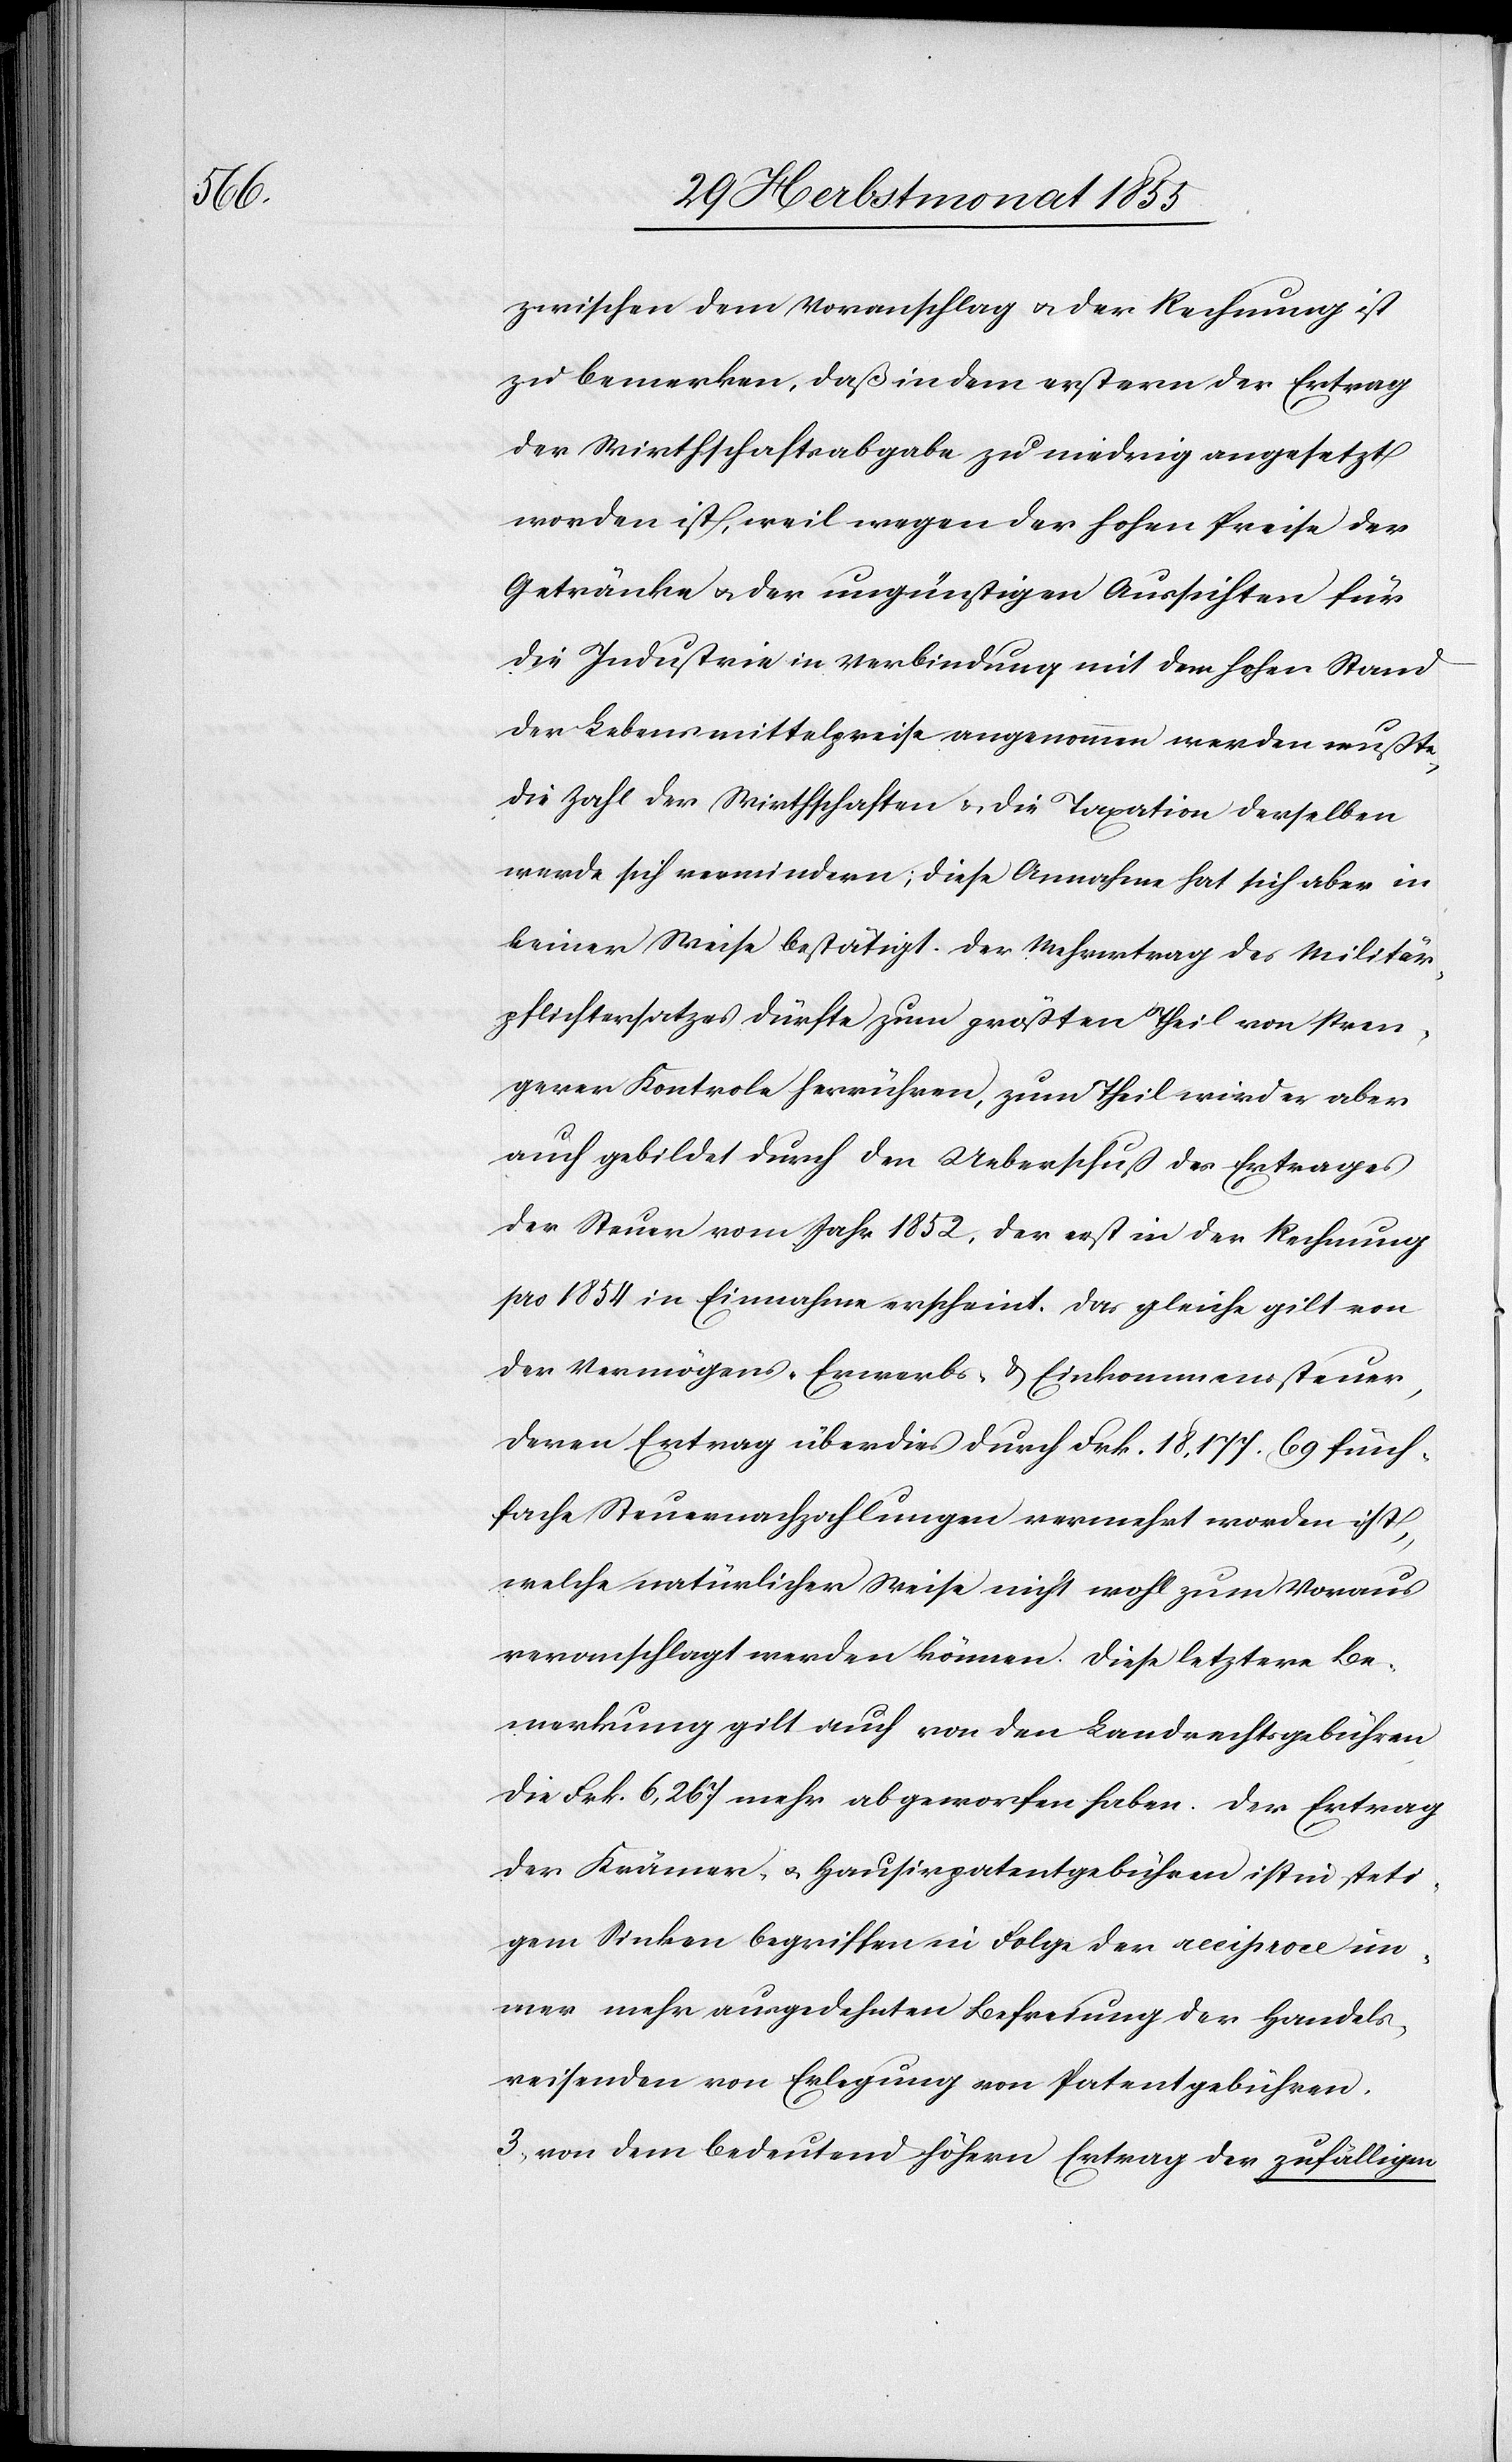
zwischen dem Voranschlag & der Rechnung ist
zu bemerken, daß in dem erstern der Ertrag
der Wirthschaftsabgabe zu niedrig angesetzt
worden ist, weil wegen der hohen Preise der
Getränke & der ungünstigen Aussichten für
die Industrie in Verbindung mit dem hohen Stand
der Lebensmittelpreise angenommen werden mußte,
die Zahl der Wirthschaften & die Taxation derselben
werde sich vermindern; diese Annahme hat sich aber in
keiner Weise bestätigt. Der Mehrertrag des Militär¬
pflichtersatzes dürfte zum größten Theil von stren¬
gerer Kontrole herrühren, zum Theil wird er aber
auch gebildet durch den Ueberschuß des Ertrages
der Steuer vom Jahr 1852, der erst in der Rechnung
pro 1854 in Einnahme erscheint. Das gleiche gilt von
der Vermögens-[,] Erwerbs- & Einkommenssteuer,
deren Ertrag überdies durch Frk. 18,177. 69 fünf¬
fache Steuernachzahlungen vermehrt worden ist,
welche natürlicher Weise nicht wohl zum Voraus
veranschlagt werden können. Diese letztere Be¬
merkung gilt auch von den Landrechtsgebühren
die Frk. 6,267 mehr abgeworfen haben. Der Ertrag
der Krämer- & Hausirpatentgebühren ist in steti¬
gem Sinken begriffen in Folge der reciproce im¬
mer mehr ausgedehnten Befreiung der Handels¬
reisenden von Erlegung von Patentgebühren.
von dem bedeutend höhern Ertrag der zufälligen